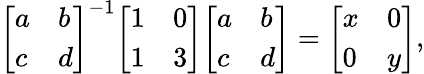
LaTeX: {\left[\begin{array}{ll}{a}&{b}\\ {c}&{d}\end{array}\right]}^{-1}{\left[\begin{array}{ll}{1}&{0}\\ {1}&{3}\end{array}\right]}{\left[\begin{array}{ll}{a}&{b}\\ {c}&{d}\end{array}\right]}={\left[\begin{array}{ll}{x}&{0}\\ {0}&{y}\end{array}\right]},